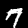
Label: 7